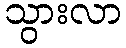
သွားလာ